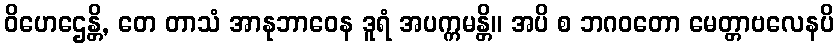
ဝိဟေဌေန္တိ, တေ တာသံ အာနုဘာဝေန ဒူရံ အပက္ကမန္တိ။ အပိ စ ဘဂဝတော မေတ္တာဗလေနပိ